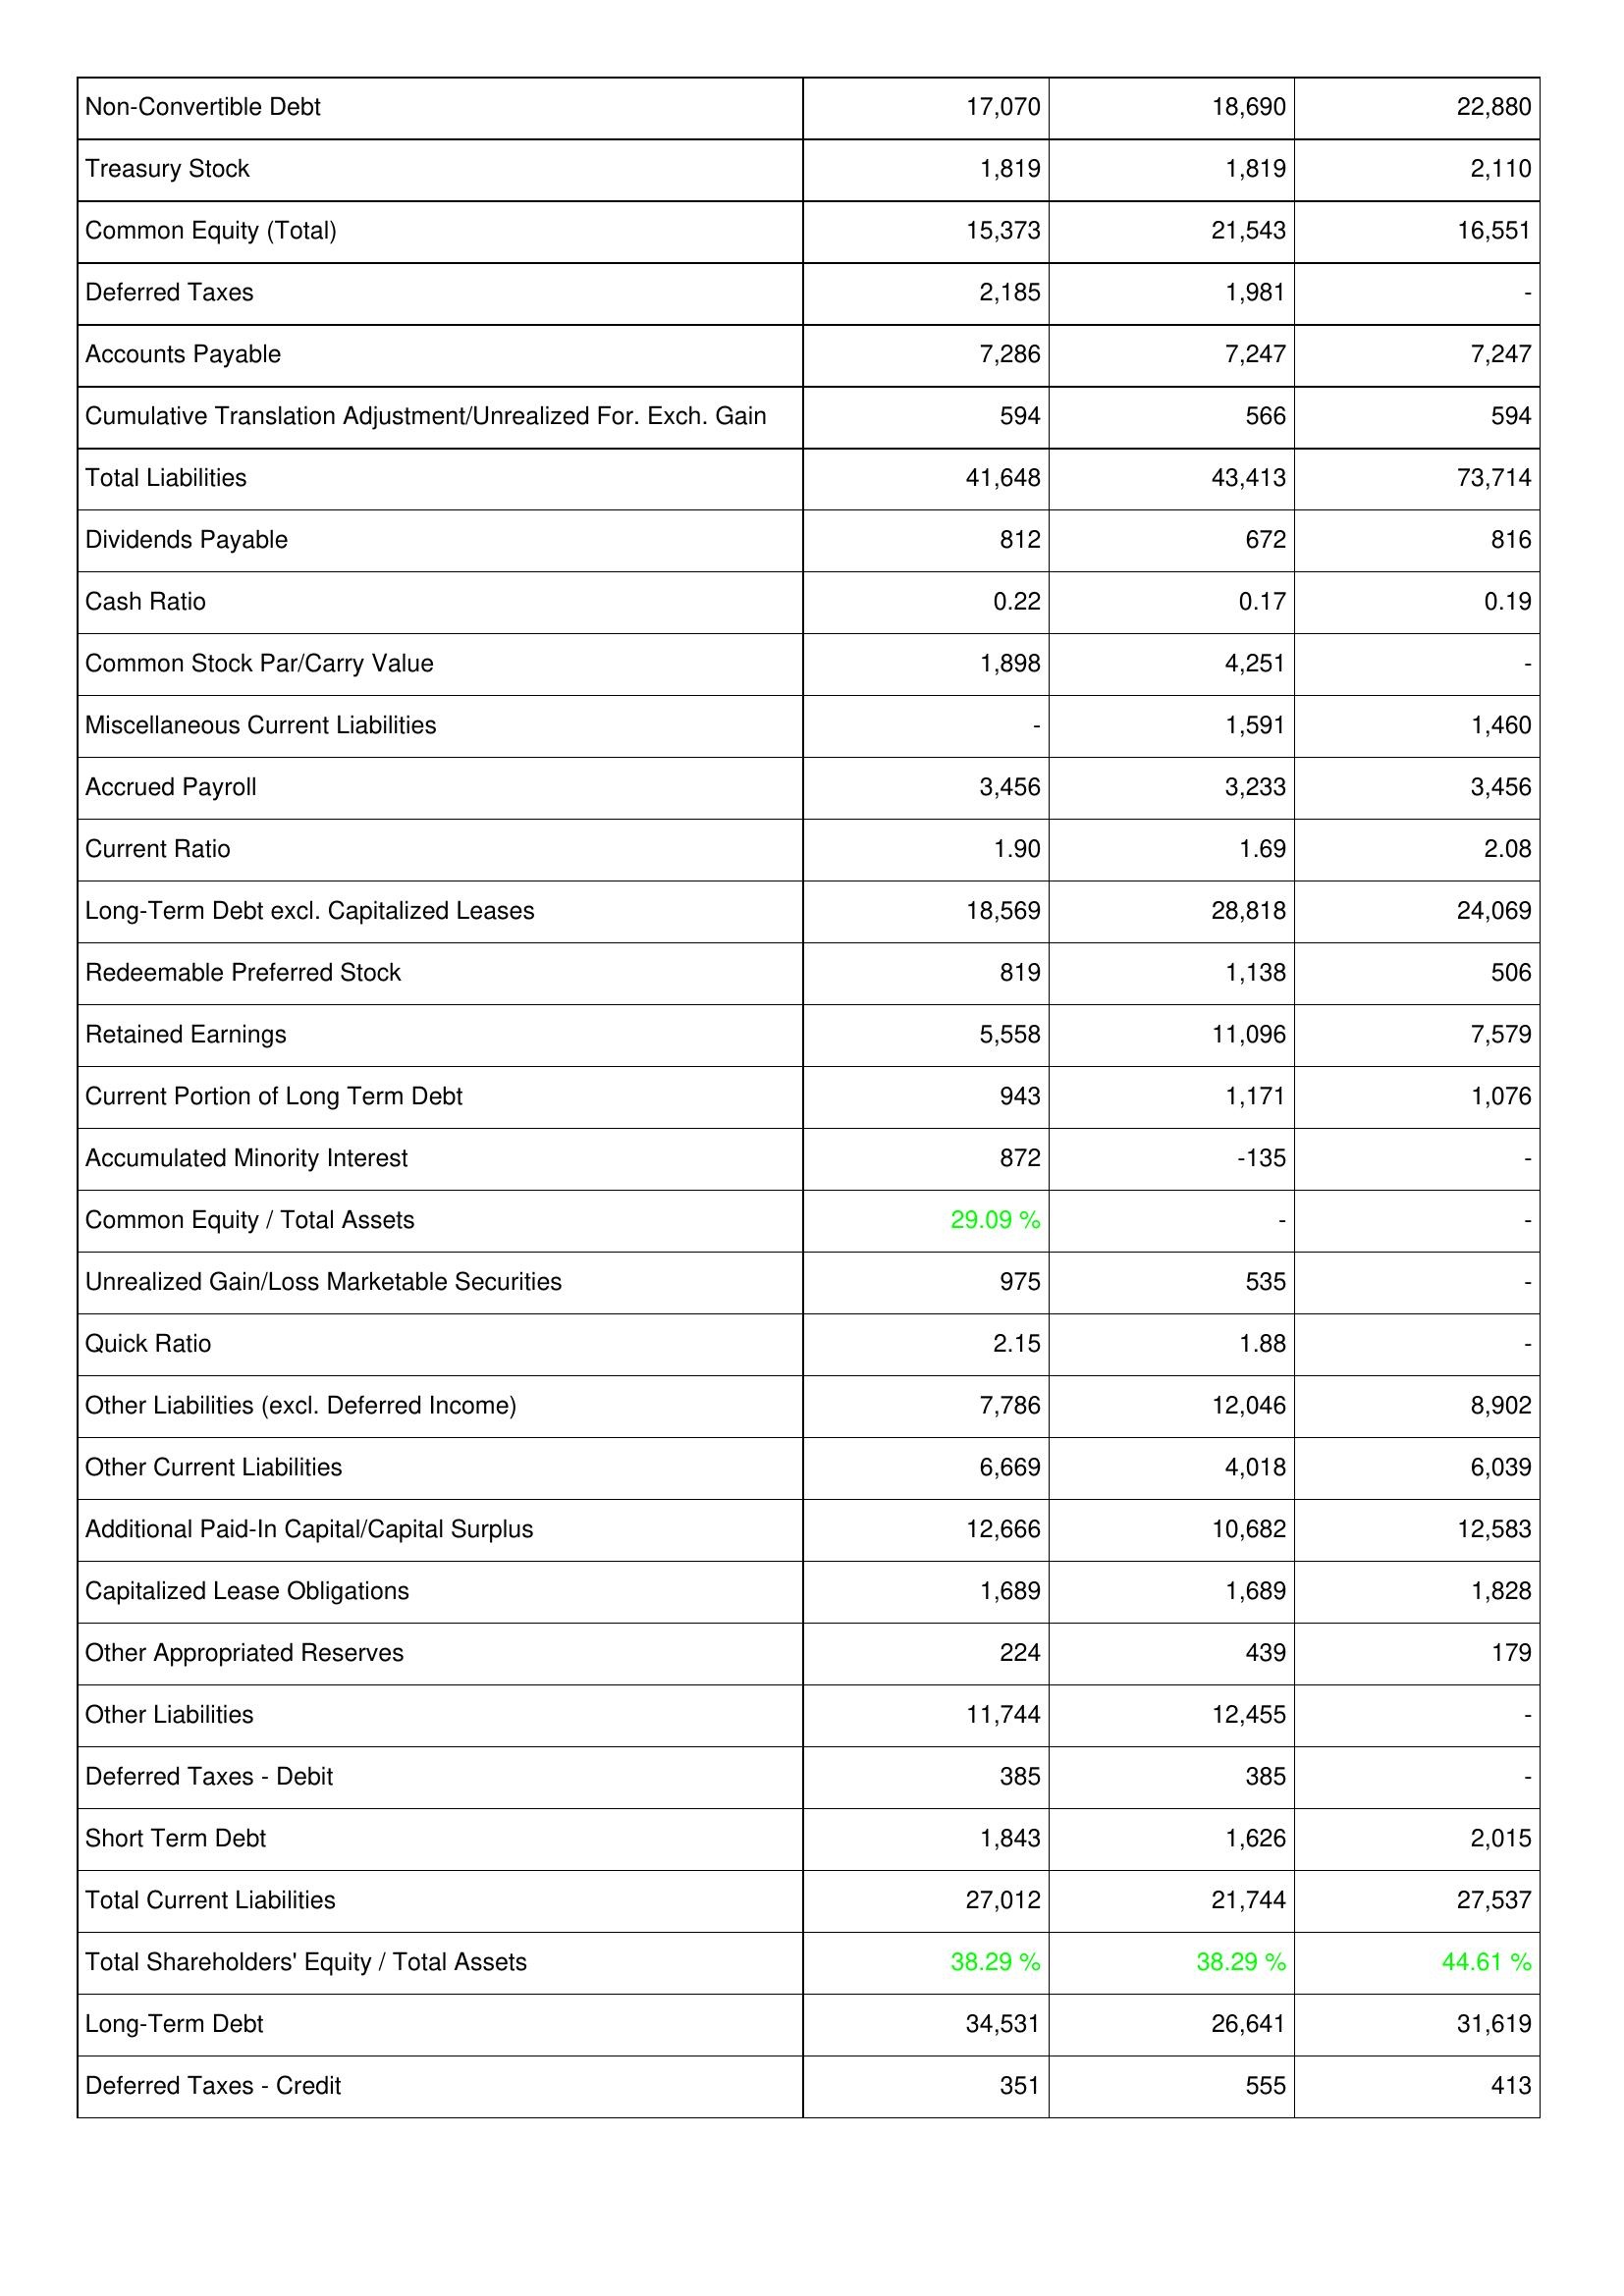
2006: Liabilities & Shareholders' Equity: Non-Convertible Debt: 17,070
Treasury Stock: 1,819
Common Equity (Total): 15,373
Deferred Taxes: 2,185
Accounts Payable: 7,286
Cumulative Translation Adjustment/Unrealized For. Exch. Gain: 594
Total Liabilities: 41,648
Dividends Payable: 812
Cash Ratio: 0.22
Common Stock Par/Carry Value: 1,898
Miscellaneous Current Liabilities: -
Accrued Payroll: 3,456
Current Ratio: 1.90
Long-Term Debt excl. Capitalized Leases: 18,569
Redeemable Preferred Stock: 819
Retained Earnings: 5,558
Current Portion of Long Term Debt: 943
Accumulated Minority Interest: 872
Common Equity / Total Assets: 29.09 %
Unrealized Gain/Loss Marketable Securities: 975
Quick Ratio: 2.15
Other Liabilities (excl. Deferred Income): 7,786
Other Current Liabilities: 6,669
Additional Paid-In Capital/Capital Surplus: 12,666
Capitalized Lease Obligations: 1,689
Other Appropriated Reserves: 224
Other Liabilities: 11,744
Deferred Taxes - Debit: 385
Short Term Debt: 1,843
Total Current Liabilities: 27,012
Total Shareholders' Equity / Total Assets: 38.29 %
Long-Term Debt: 34,531
Deferred Taxes - Credit: 351
2007: Liabilities & Shareholders' Equity: Non-Convertible Debt: 18,690
Treasury Stock: 1,819
Common Equity (Total): 21,543
Deferred Taxes: 1,981
Accounts Payable: 7,247
Cumulative Translation Adjustment/Unrealized For. Exch. Gain: 566
Total Liabilities: 43,413
Dividends Payable: 672
Cash Ratio: 0.17
Common Stock Par/Carry Value: 4,251
Miscellaneous Current Liabilities: 1,591
Accrued Payroll: 3,233
Current Ratio: 1.69
Long-Term Debt excl. Capitalized Leases: 28,818
Redeemable Preferred Stock: 1,138
Retained Earnings: 11,096
Current Portion of Long Term Debt: 1,171
Accumulated Minority Interest: -135
Common Equity / Total Assets: -
Unrealized Gain/Loss Marketable Securities: 535
Quick Ratio: 1.88
Other Liabilities (excl. Deferred Income): 12,046
Other Current Liabilities: 4,018
Additional Paid-In Capital/Capital Surplus: 10,682
Capitalized Lease Obligations: 1,689
Other Appropriated Reserves: 439
Other Liabilities: 12,455
Deferred Taxes - Debit: 385
Short Term Debt: 1,626
Total Current Liabilities: 21,744
Total Shareholders' Equity / Total Assets: 38.29 %
Long-Term Debt: 26,641
Deferred Taxes - Credit: 555
2008: Liabilities & Shareholders' Equity: Non-Convertible Debt: 22,880
Treasury Stock: 2,110
Common Equity (Total): 16,551
Deferred Taxes: -
Accounts Payable: 7,247
Cumulative Translation Adjustment/Unrealized For. Exch. Gain: 594
Total Liabilities: 73,714
Dividends Payable: 816
Cash Ratio: 0.19
Common Stock Par/Carry Value: -
Miscellaneous Current Liabilities: 1,460
Accrued Payroll: 3,456
Current Ratio: 2.08
Long-Term Debt excl. Capitalized Leases: 24,069
Redeemable Preferred Stock: 506
Retained Earnings: 7,579
Current Portion of Long Term Debt: 1,076
Accumulated Minority Interest: -
Common Equity / Total Assets: -
Unrealized Gain/Loss Marketable Securities: -
Quick Ratio: -
Other Liabilities (excl. Deferred Income): 8,902
Other Current Liabilities: 6,039
Additional Paid-In Capital/Capital Surplus: 12,583
Capitalized Lease Obligations: 1,828
Other Appropriated Reserves: 179
Other Liabilities: -
Deferred Taxes - Debit: -
Short Term Debt: 2,015
Total Current Liabilities: 27,537
Total Shareholders' Equity / Total Assets: 44.61 %
Long-Term Debt: 31,619
Deferred Taxes - Credit: 413